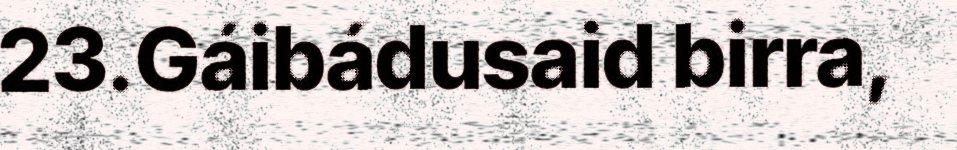
23.Gáibádusaid birra,